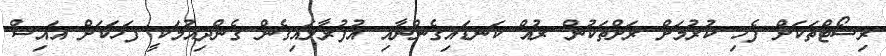
ރިސޯޓްތަކަށް ފެހި ކުރުމަށް ރަށްތަކުން ރުއް ކަނޑައިގެންނާއި އުފުރާލައިގެން ގެންދިއުމަކީ ފަހަކަށް އައިސް